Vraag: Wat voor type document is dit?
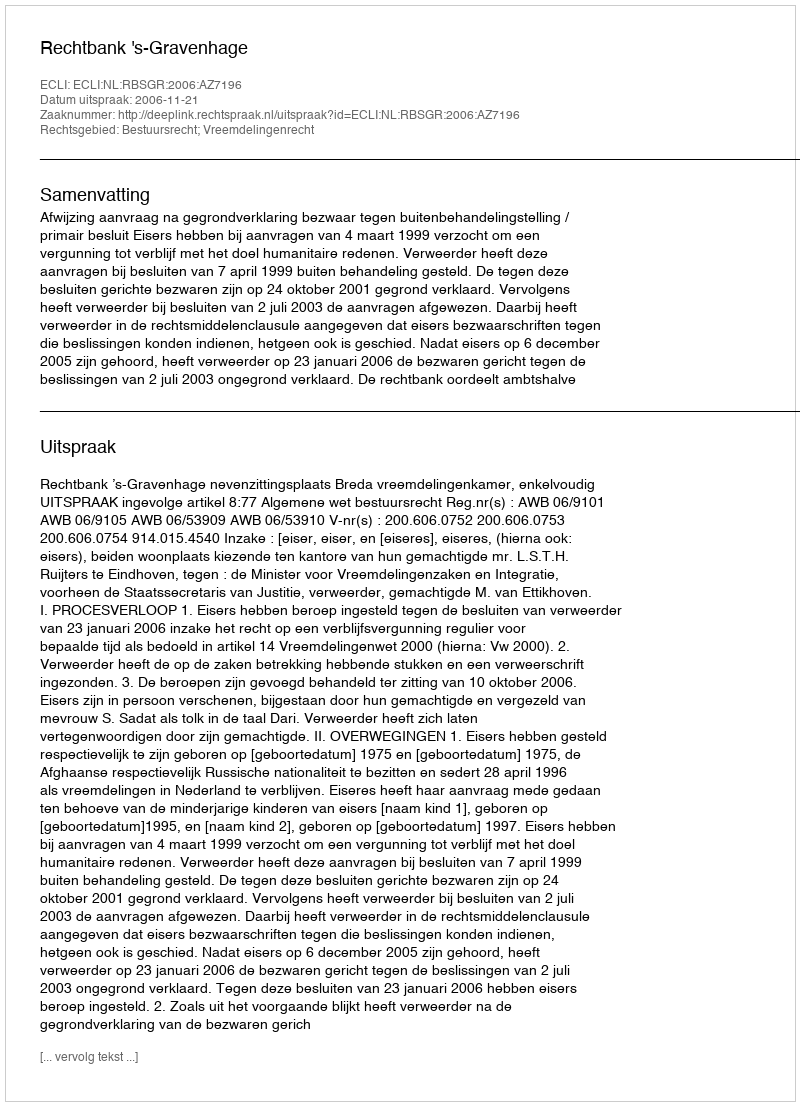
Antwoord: Uitspraak